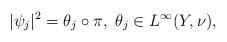
LaTeX: \begin{align*} |\psi_j|^2=\theta_j\circ\pi, \ \theta_j\in L^\infty(Y,\nu), \end{align*}